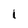
Character: 1